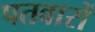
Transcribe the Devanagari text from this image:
पतवारों